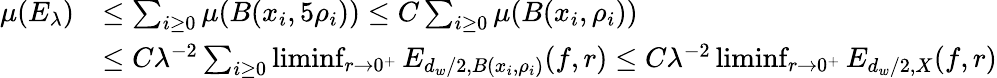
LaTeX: \begin{array}{rl}{\mu(E_{\lambda})}&{\leq\sum_{i\geq 0}\mu(B(x_{i},5\rho_{i}))\leq C\sum_{i\geq 0}\mu(B(x_{i},\rho_{i}))}\\ &{\leq C\lambda^{-2}\sum_{i\geq 0}\operatorname*{liminf}_{r\to 0^{+}}E_{d_{w}/2,B(x_{i},\rho_{i})}(f,r)\leq C\lambda^{-2}\operatorname*{liminf}_{r\to 0^{+}}E_{d_{w}/2,X}(f,r)}\end{array}